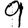
Digit: 9